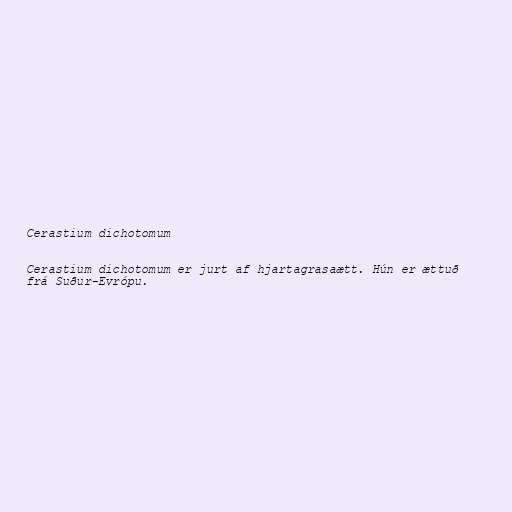
Cerastium dichotomum

Cerastium dichotomum er jurt af hjartagrasaætt. Hún er ættuð
frá Suður-Evrópu.